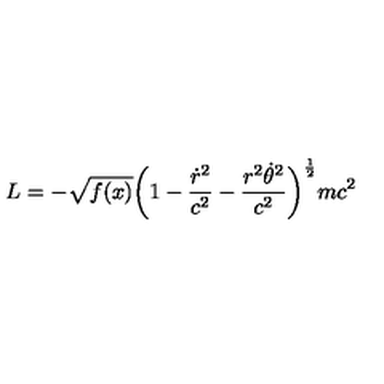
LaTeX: L = - \sqrt { f ( x ) } \biggl ( 1 - { \frac { \dot { r } ^ { 2 } } { c ^ { 2 } } } - { \frac { r ^ { 2 } \dot { \theta } ^ { 2 } } { c ^ { 2 } } } \biggr ) ^ { \frac { 1 } { 2 } } m c ^ { 2 }